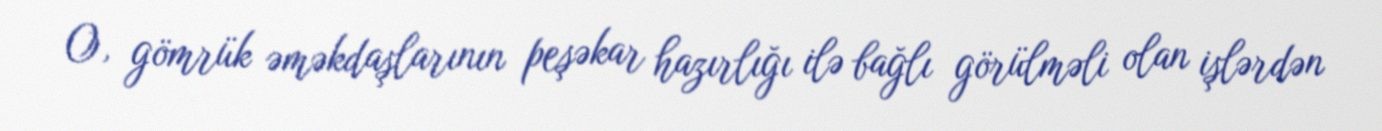
O, gömrük əməkdaşlarının peşəkar hazırlığı ilə bağlı görülməli olan işlərdən